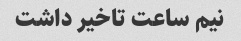
نیم ساعت تاخیر داشت